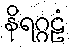
နိရဂ္ဂဠံ